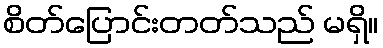
စိတ်ပြောင်းတတ်သည် မရှိ။